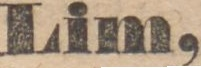
Lim,